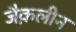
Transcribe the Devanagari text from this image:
जैक़लीन